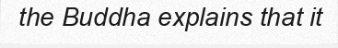
the Buddha explains that it